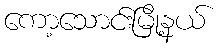
ကော့သောင်းမြို့နယ်